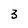
Character: 3